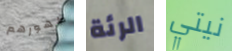
ظهورهم الرئة نيتي